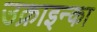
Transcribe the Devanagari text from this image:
उक्राइन्का